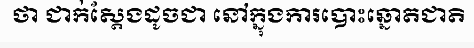
ថា ជាក់ស្តែងដូចជា នៅក្នុងការបោះឆ្នោតជាតិ